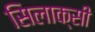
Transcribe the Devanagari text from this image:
सिलाक्सी